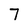
Character: 7